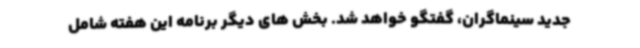
جدید سینماگران، گفتگو خواهد شد. بخش های دیگر برنامه این هفته شامل